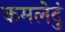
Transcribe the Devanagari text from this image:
कमलेदुं